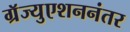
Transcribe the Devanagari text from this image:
ग्रॅज्युएशननंतर